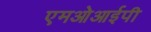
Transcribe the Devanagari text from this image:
एमओआईपी